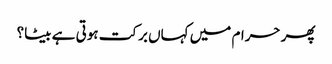
پھر حرام میں کہاں برکت ہوتی ہے بیٹا؟